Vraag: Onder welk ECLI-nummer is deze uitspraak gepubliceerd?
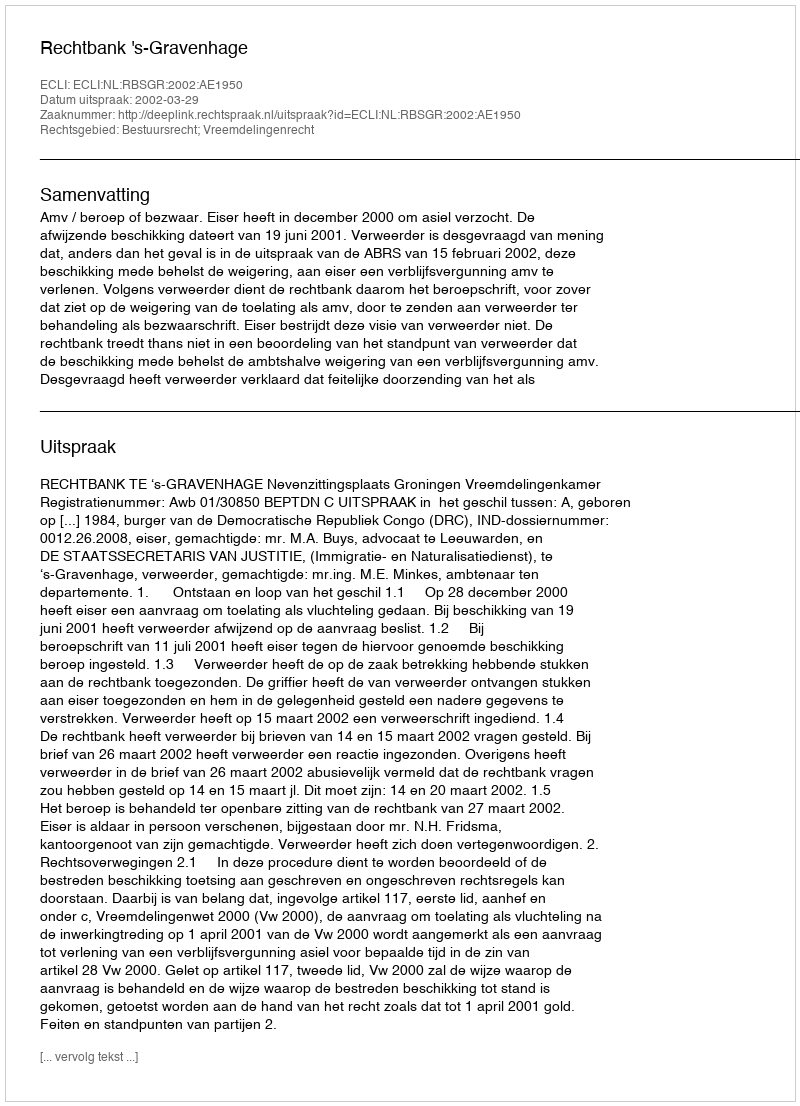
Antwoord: ECLI:NL:RBSGR:2002:AE1950